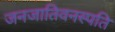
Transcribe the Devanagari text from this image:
जनजातिवनस्पति